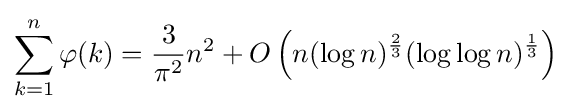
\sum _{k=1}^{n}\varphi (k)={\frac {3}{\pi ^{2}}}n^{2}+O\left(n(\log n)^{\frac {2}{3}}(\log \log n)^{\frac {1}{3}}\right)